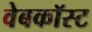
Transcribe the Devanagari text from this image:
वेबकॉस्ट